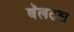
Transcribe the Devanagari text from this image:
बॅलट्स